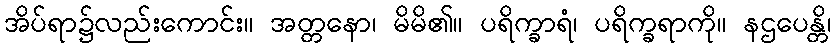
အိပ်ရာ၌လည်းကောင်း။ အတ္တနော၊ မိမိ၏။ ပရိက္ခာရံ၊ ပရိက္ခရာကို။ နဌပေန္တိ၊